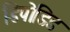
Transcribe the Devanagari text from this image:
डिपोडिड